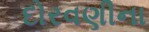
દોરવણીના